Annual report on the working of the lock hospitals in the Central Provinces
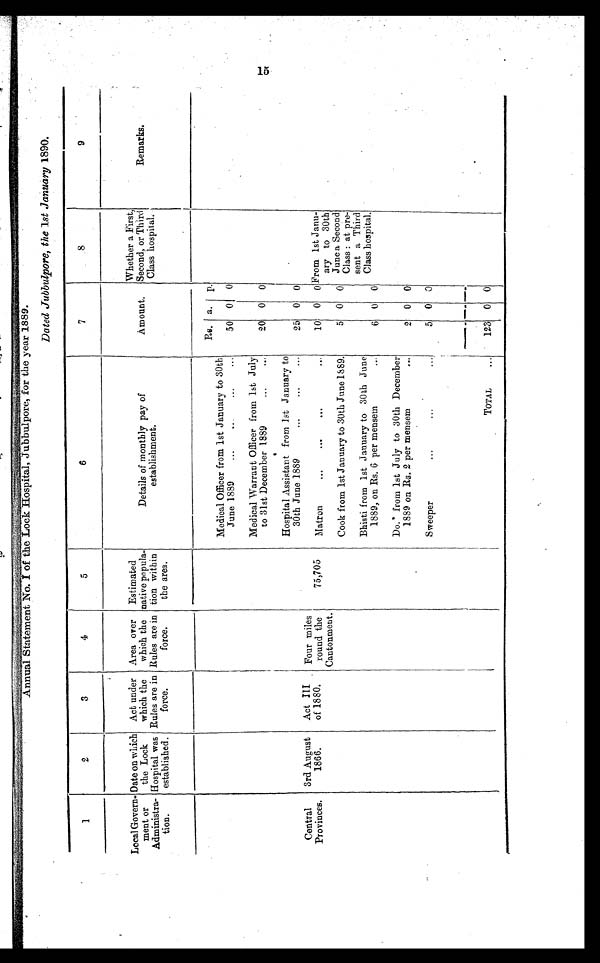
A n n u a l S t a t e m e n t N o . I o f t h e L o c k H o s p i t a l , J u b b u l p o r e , f o r t h e y e a r 1 8 8 9 .
Dated Jubbulpore, the 1st January 1890.
1
2
3
4
5
6
7
8
9
Local Govern-
ment or
Administra-
tion.
Date on which
the Lock
Hospital was
established.
Act under
which the
Rules are in
force.
Area over
which the
Rules are in
force.
Estimated
native popula-
tion within
the area.
Details of monthly pay of
establishment.
Amount.
Whether a First,
Second, or Third
Class hospital.
Remarks.
Rs. a. p.
Medical Officer from 1st January to 30th
June 1889
. . .
. . .
. . .
...
50 0 0
Medical Warrant Officer from 1st July
to 31st December 1889
... ...
20 0 0
Hospital Assistant from 1st January to
30th June 1889
... . . .
. . .
25 0 0
Central
Provinces.
3rd August
1866.
Act III
of 1880.
Four miles
round the
Cantonment.
75,705
Matron
... . . .
. . .
. . .
10 0 0 From 1st Janu-
ary to 30th
June a Second
Class : at pre-
sent a Third
Class hospital.
Cook from 1st January to 30th June 1889.
5 0 0
Bhisti from 1st January to 30th June
1889, on Rs. 6 per mensem
. . .
6 0 0
Do. from 1st July to 30th December
1889 on Rs. 2 per mensem
...
2 0 0
.
Sweeper
...
...
...
5 0 0
TOTAL
. . . 123 0 0
15